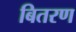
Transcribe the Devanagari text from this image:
बितरण